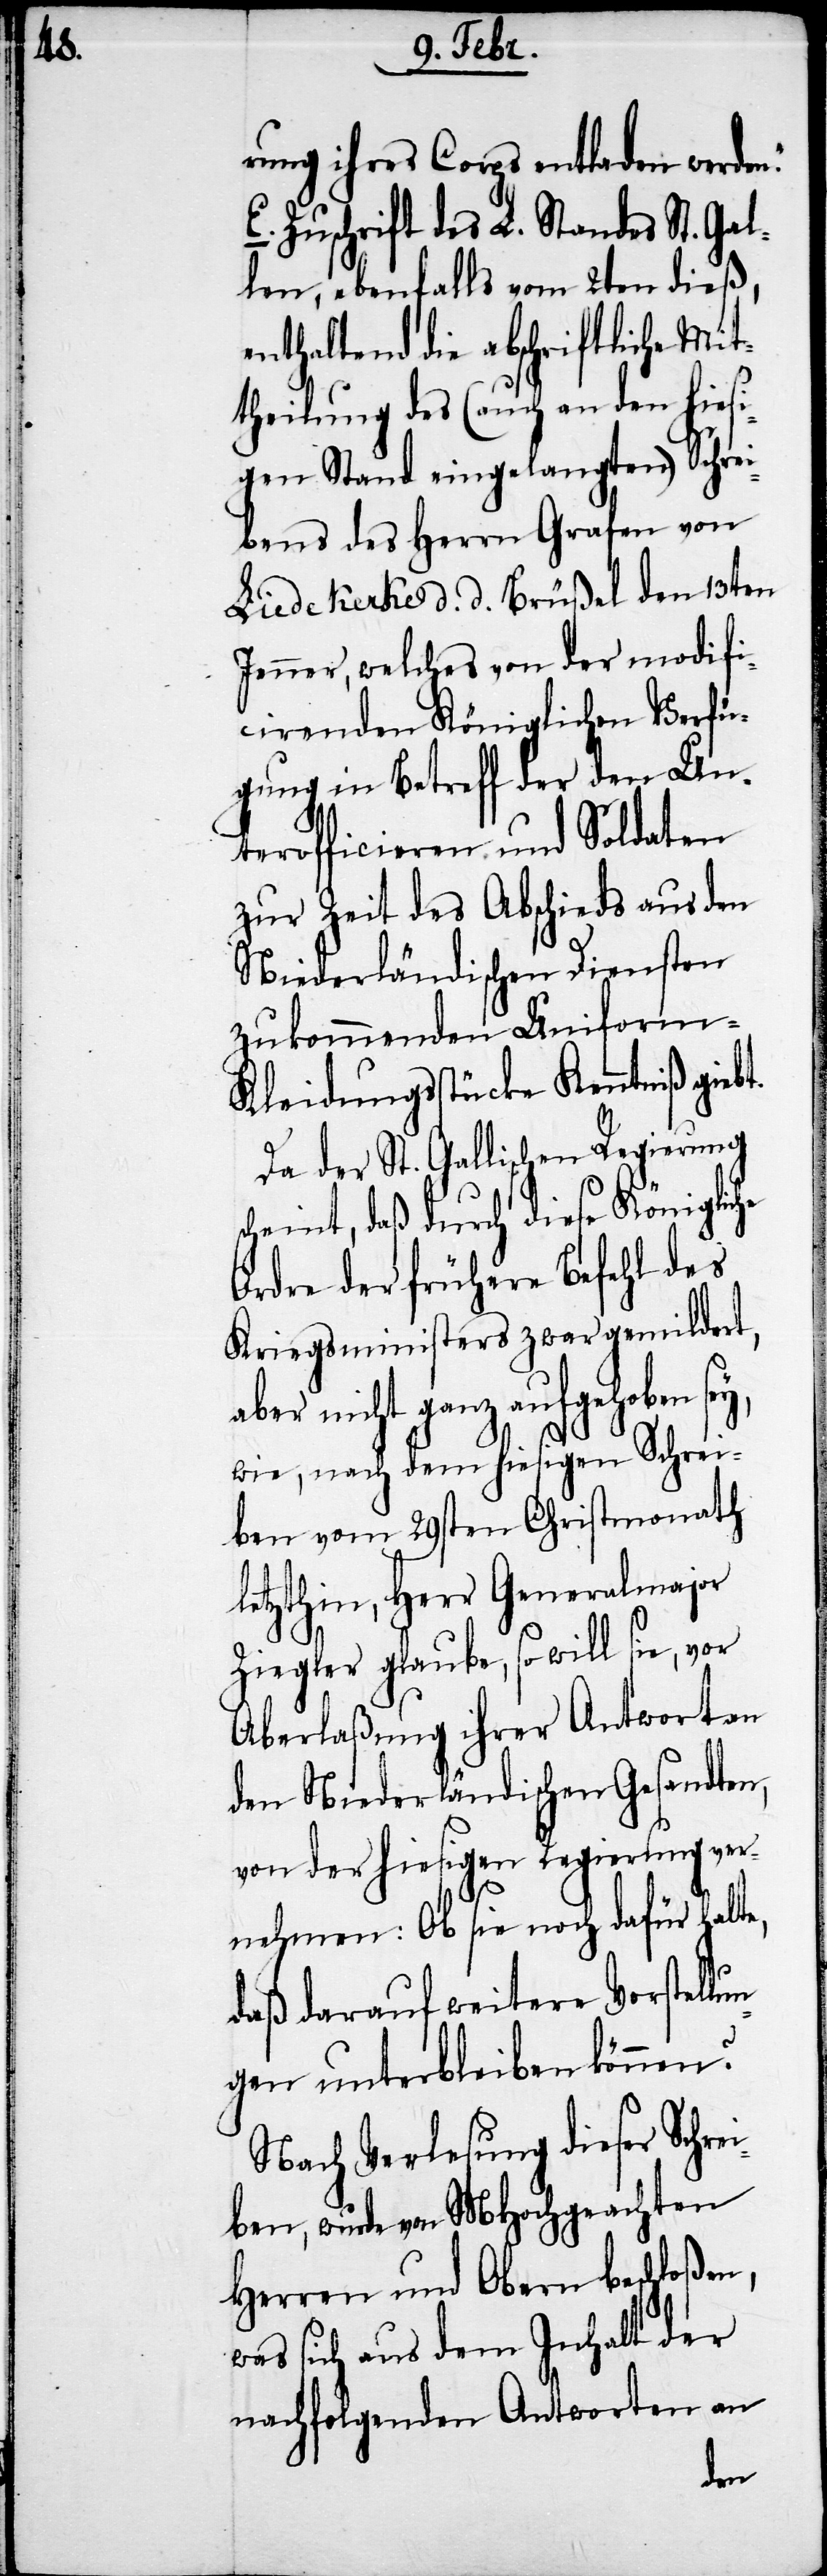
ei¬

rung ihres Corps entladen werden."
Zuschrift des L. Standes St. Gal¬
len, ebenfalls vom 2ten dieß,
enthaltend die abschriftliche Mit¬
theilung des (auch an den hiesi¬
gen Stand eingelangten) Schrei¬
bens des Herrn Grafen von
Liedekerke d. d. Brüßel den 13ten
Jenner, welches von der modifi¬
cirenden Königlichen Verfü¬
gung in Betreff der den Un¬
terofficieren und Soldaten
zur Zeit des Abschieds aus den
Niederländischen Diensten
zukommenden Uniform-K¬
leidungsstücke Kenntniß giebt.
Da der St. Gallischen Regierung
scheint, daß durch diese Königliche
Ordre der frühere Befehl des
Kriegsministers zwar gemildert,
er nicht ganz aufgehoben
wie, nach dem hiesigen Schrei¬
ben vom 29sten Christmonath
letzthin, Herr Generalmajor
Ziegler glaube, so will sie, vor
Aberlaßung ihrer Antwort an
den Niederländischen Gesandten,
von der hiesigen Regierung ver¬
nehmen: Ob sie noch dafür halt¬
daß darauf weitere Verstellu¬
ngen unterbleiben können?
Nach Verlesung dieser Schr¬
ben, wurde von MHochgeachten
Herren und Obern beschloßen,
was sich aus dem Inhalt der
nachfolgenden Antworten an